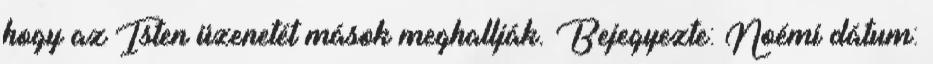
hogy az Isten üzenetét mások meghallják. Bejegyezte: Noémi dátum: